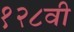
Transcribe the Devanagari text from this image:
१२८वी